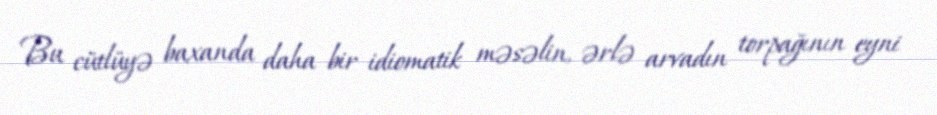
Bu cütlüyə baxanda daha bir idiomatik məsəlin, ərlə arvadın torpağının eyni